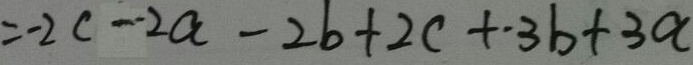
= - 2 c - 2 a - 2 b + 2 c + 3 b + 3 a